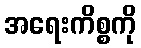
အရေးကိစ္စကို